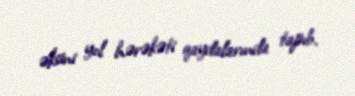
əksini yol hərəkəti qaydalarında tapıb.